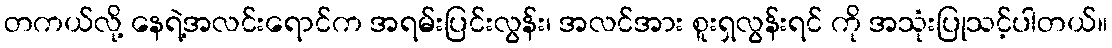
တကယ်လို့ နေရဲ့အလင်းရောင်က အရမ်းပြင်းလွန်း၊ အလင်အား စူးရှလွန်းရင် ကို အသုံးပြုသင့်ပါတယ်။